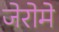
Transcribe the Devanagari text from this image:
जेरोमे